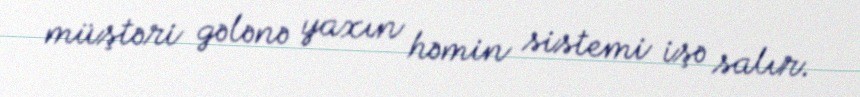
müştəri gələnə yaxın həmin sistemi işə salır.